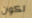
تكون